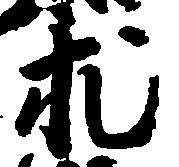
求